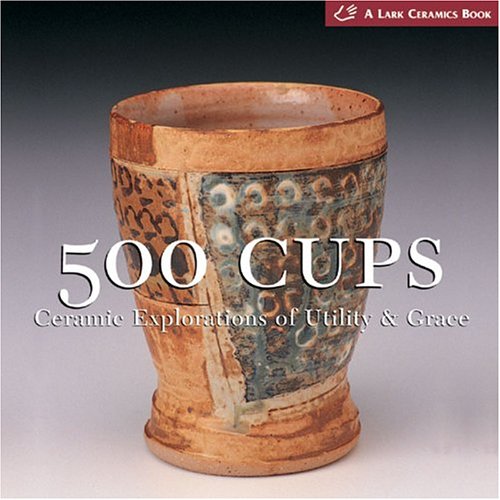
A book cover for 500 Cups: Ceramic Explorations of Utility & Grace (A Lake Ceramics Book); Crafts, Hobbies & Home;